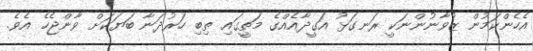
އެހެންކަމުން ޒުވާނުންނަކީ ރަނގަޅު އަގީދާއެއްގެ މަތީގައި ތިބި ހަރުދަނާ ބަޔަކަށް ވާންޖެހެ އެވެ.